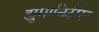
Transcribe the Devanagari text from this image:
ह्युमानिटीस